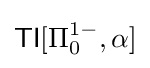
{\mathsf {TI}}[\Pi _{0}^{1-},\alpha ]